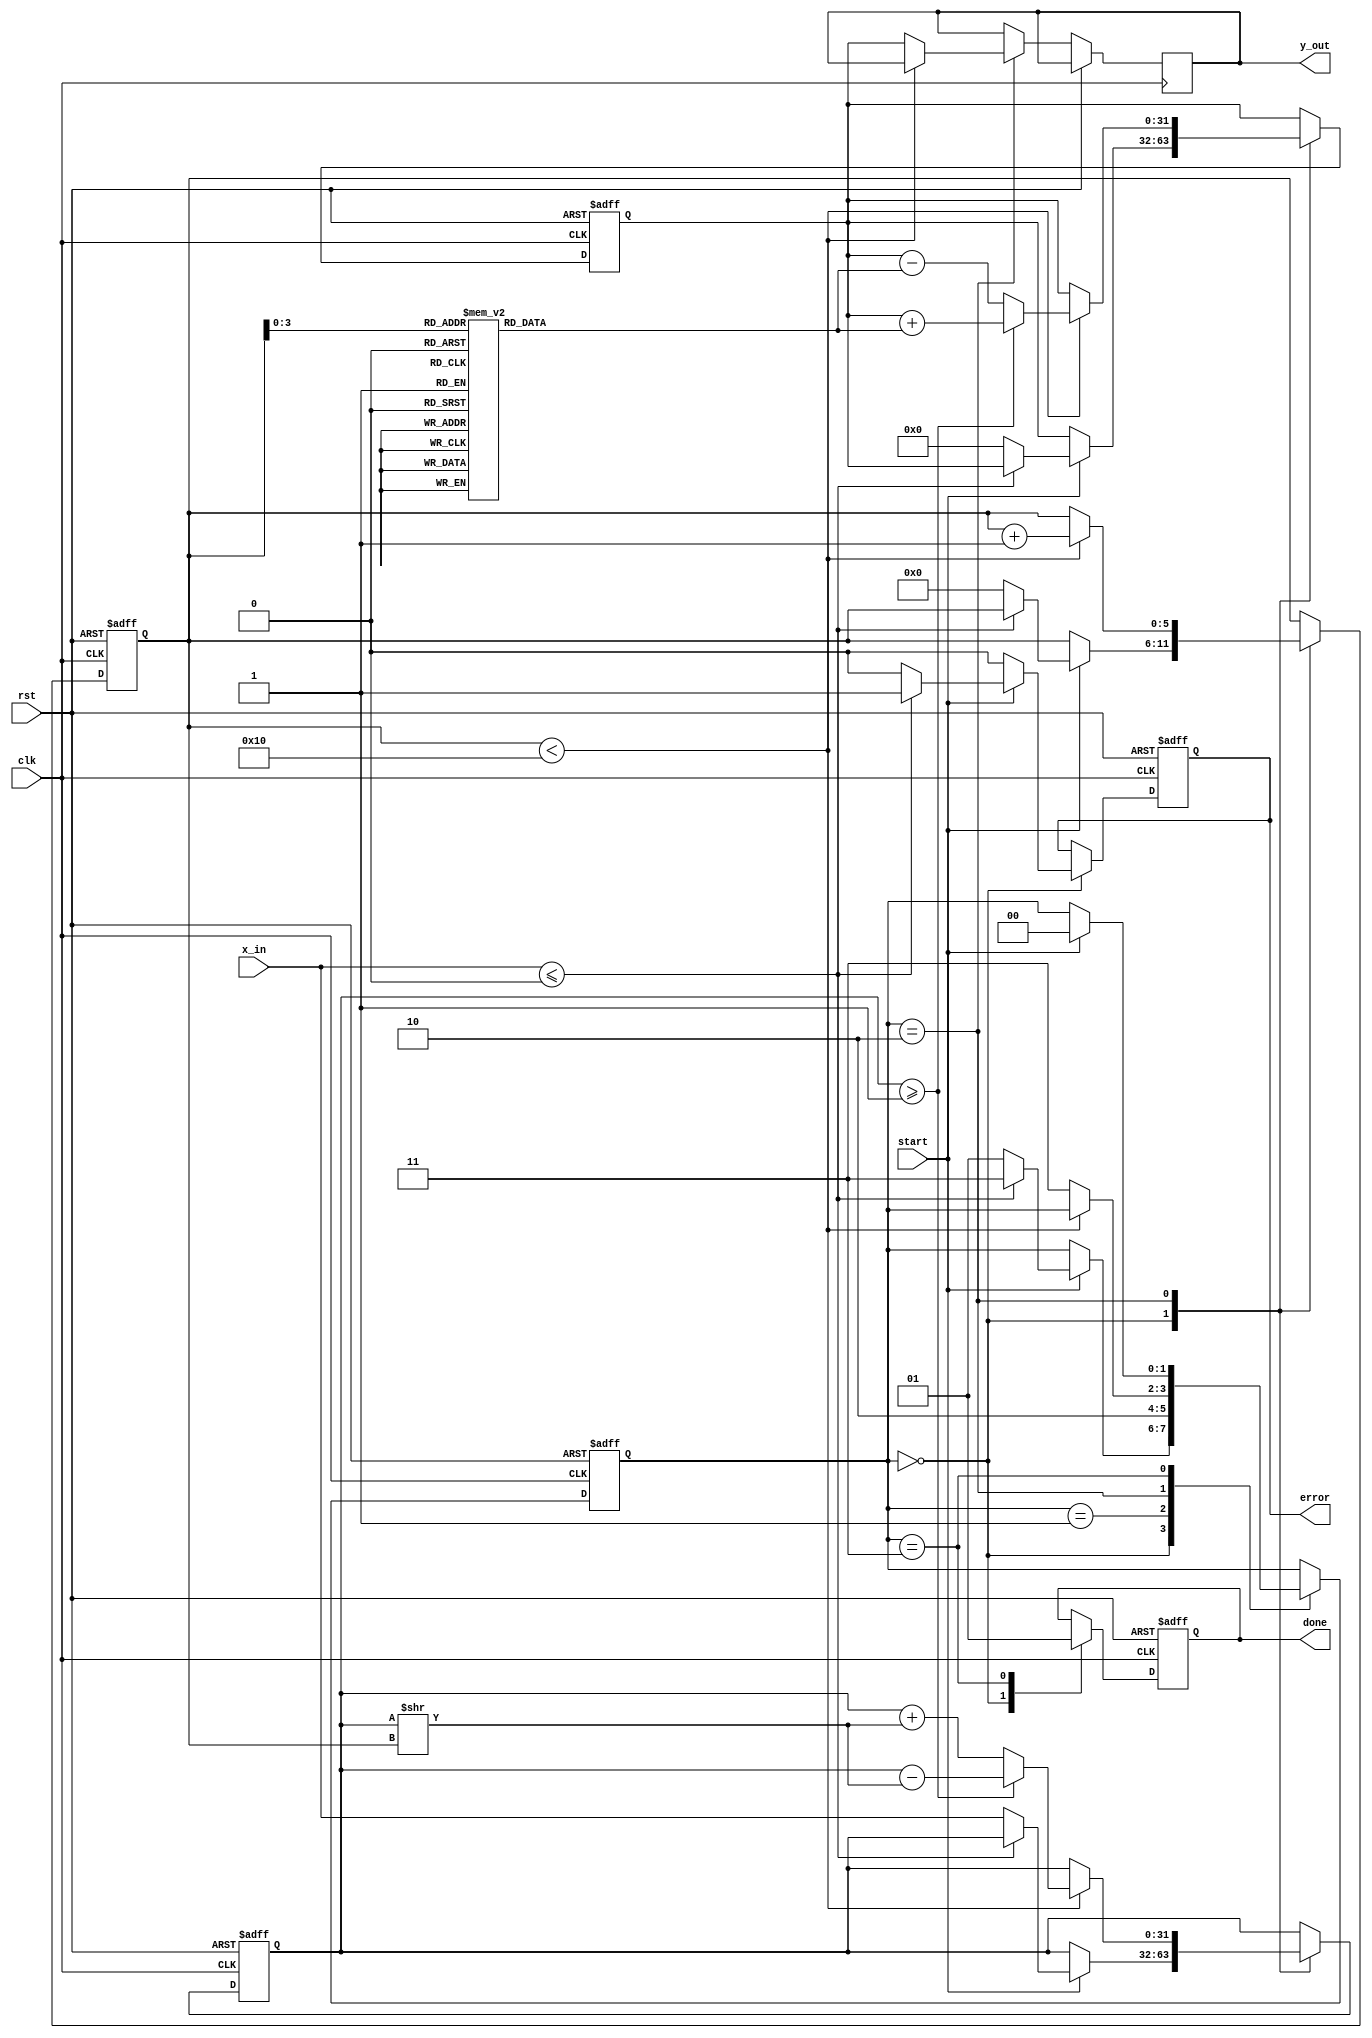
module cordic_logarithm #(
    parameter WIDTH = 32, // Bit width for input and output
    parameter ITERATIONS = 16 // Number of iterations for CORDIC
)(
    input wire clk,
    input wire rst,
    input wire start,
    input wire [WIDTH-1:0] x_in, // Input value (positive)
    output reg [WIDTH-1:0] y_out, // Output logarithm value
    output reg done, // Done signal
    output reg error // Error signal
);

    // Internal signals
    reg [WIDTH-1:0] x; // Normalized input
    reg [WIDTH-1:0] z; // Angle value
    reg [5:0] count; // Iteration counter
    reg [WIDTH-1:0] atan_table [0:ITERATIONS-1]; // Arctangent lookup table
    reg [WIDTH-1:0] log_value; // Accumulated logarithmic value
    reg [1:0] state; // FSM state

    // FSM states
    localparam IDLE = 2'b00, INIT = 2'b01, CALC = 2'b10, DONE = 2'b11;

    // Initialize arctangent values (in fixed-point representation)
    initial begin
        atan_table[0] = 32'h00000000; // atan(2^0)
        atan_table[1] = 32'h00000000; // atan(2^-1)
        atan_table[2] = 32'h00000000; // atan(2^-2)
        // ... Fill in the rest of the arctangent values
    end

    // Input preprocessing
    always @(posedge clk or posedge rst) begin
        if (rst) begin
            x <= 0;
            z <= 0;
            count <= 0;
            log_value <= 0;
            state <= IDLE;
            done <= 0;
            error <= 0;
        end else begin
            case (state)
                IDLE: begin
                    done <= 0;
                    error <= 0;
                    if (start) begin
                        if (x_in <= 0) begin
                            error <= 1; // Invalid input
                            state <= DONE;
                        end else begin
                            x <= x_in; // Normalize input
                            z <= 0; // Initialize angle
                            log_value <= 0; // Reset log value
                            count <= 0; // Reset iteration counter
                            state <= INIT;
                        end
                    end
                end
                INIT: begin
                    // Initialize for CORDIC iterations
                    state <= CALC;
                end
                CALC: begin
                    if (count < ITERATIONS) begin
                        // CORDIC rotation calculations
                        if (x >= 1) begin
                            x <= x - (x >> count); // Update x
                            log_value <= log_value + atan_table[count]; // Update log_value
                        end else begin
                            x <= x + (x >> count); // Update x
                            log_value <= log_value - atan_table[count]; // Update log_value
                        end
                        count <= count + 1; // Increment iteration counter
                    end else begin
                        y_out <= log_value; // Output the logarithmic value
                        state <= DONE; // Move to done state
                    end
                end
                DONE: begin
                    done <= 1; // Indicate completion
                    if (start) begin
                        state <= IDLE; // Reset for next operation
                    end
                end
            endcase
        end
    end
endmodule